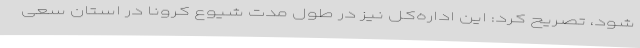
شود، تصریح کرد: این اداره‌کل نیز در طول مدت شیوع کرونا در استان سعی